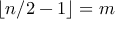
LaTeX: \lfloor n / 2 - 1 \rfloor = m